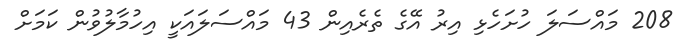
208 މައްސަލަ ހުށަހެޅި އިރު އޭގެ ތެރެއިން 43 މައްސަލައަކީ އިހުމާލުވުން ކަމަށް